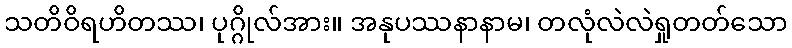
သတိဝိရဟိတဿ၊ ပုဂ္ဂိုလ်အား။ အနုပဿနာနာမ၊ တလုံလဲလဲရှုတတ်သော